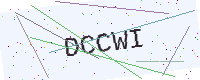
Text: DCCWI